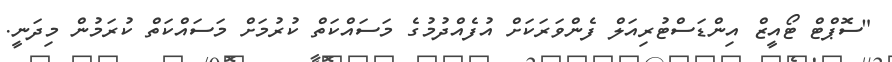
"ސޮޕްޓް ޓޯއީޒް އިންޑަސްޓުރިއަލް ފެންވަރަކަށް އުފެއްދުމުގެ މަސައްކަތް ކުރުމަށް މަސައްކަތް ކުރަމުން މިދަނީ.